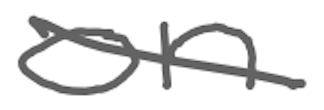
Text: on
Cross-out: diagonal
Writing tool: digital_gray